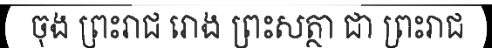
ចុង ព្រះរាជ រោង ព្រះសត្ថា ជា ព្រះរាជ